Report on the lunatic asylums under the Government of Bombay - 1904-1913
Year: 1904
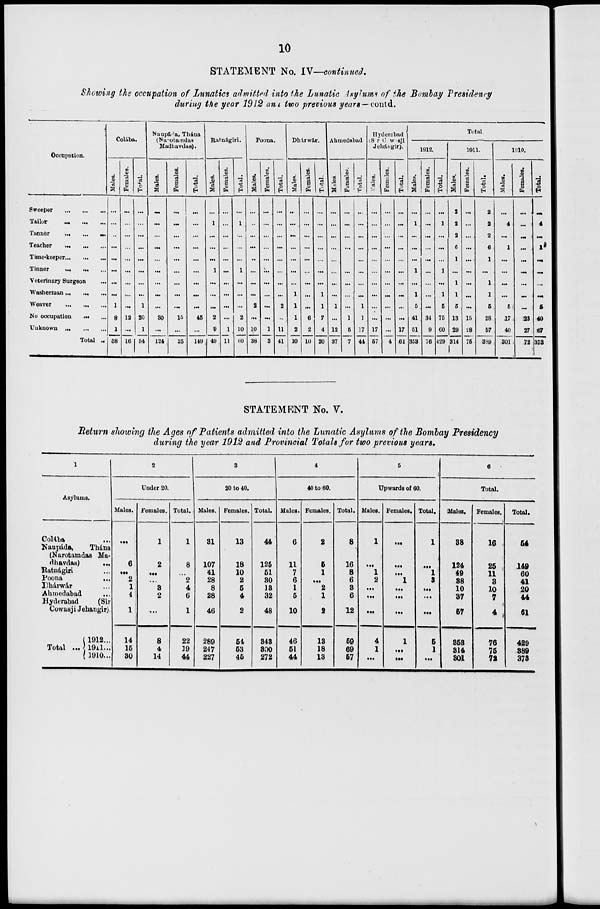
10
STATEMENT No. IV—continued.
Showing the occupation of Lunatics admitted into the Lunatic Asylums of the Bombay Presidency
during the year 1912 and two previous years — contd.
Occupation.
Sweeper ... ... ...
Tailor
...
...
...
Tanner ... ... ...
Teacher
...
...
...
Time-keeper ... ... ...
Tinner ... ... ...
Veterinary Surgeon ...
Washerman ... ... ...
Weaver ... ... ...
No occupation ... ...
Unknown
...
...
...
Total ...
Colába.
Males.
...
...
...
...
...
...
...
...
1
8
1
38
Females.
...
...
...
...
...
...
...
...
...
12
...
16
Total.
...
...
...
...
...
...
...
...
1
20
1
54
Naupáda, Thána
(Narotamdas
Madhavdas).
Males.
...
...
...
...
...
...
...
...
...
30
...
124
Females.
...
...
...
...
...
...
...
...
...
15
...
25
Total.
...
...
...
...
...
...
...
...
...
45
...
149
Ratnágiri.
Males.
...
1
...
...
...
1
...
...
...
2
9
49
Females.
...
...
...
...
...
...
...
...
...
...
1
11
Total.
...
1
...
...
...
1
...
...
...
2
10
60
Poona.
Males.
...
...
...
...
...
...
...
...
2
...
10
38
Females.
...
...
...
...
...
...
...
...
...
...
1
3
Total.
...
...
...
...
...
...
...
...
2
...
11
41
Dhárwár.
Males.
...
...
...
...
...
...
...
1
1
1
2
10
Females.
...
...
...
...
...
...
...
...
...
6
2
10
Total.
...
...
...
...
...
...
...
1
1
7
4
20
Ahmedabad
Males.
...
...
...
...
...
...
...
...
1
...
12
37
Females.
...
...
...
...
...
...
...
...
...
1
5
7
Total.
...
...
...
...
...
...
...
...
1
1
17
44
Hyderabad
(Sir Cowasji
Jehángir).
Males.
...
...
...
...
...
...
...
...
...
...
17
57
Females.
...
...
...
...
...
...
...
...
...
...
...
4
Total.
...
...
...
...
...
...
...
...
...
...
17
61
Total.
1912.
Males.
...
1
...
...
...
1
...
1
5
41
51
353
Females.
...
...
...
...
...
...
...
...
...
34
9
76
Total.
...
1
...
...
...
1
...
1
5
75
60
429
1911.
Males.
2
2
2
6
1
...
1
1
5
13
29
314
Females.
...
...
...
...
...
...
...
...
...
15
28
75
Total.
2
2
2
6
1
...
1
1
5
28
57
389
1910.
Males.
...
4
...
1
...
...
...
...
5
17
40
301
Females.
...
...
...
...
...
...
...
...
...
23
27
72
Total.
...
4
...
1
...
...
...
...
5
40
67
373
STATEMENT No. V.
Return showing the Ages of Patients admitted into the Lunatic Asylums of the Bombay Presidency
during the year 1912 and Provincial Totals for two previous years.
1
Asylums.
Colába ...
Naupádá,
Thána
(Narotamdas Ma-
dhavdas) ...
Ratnágiri ...
Poona
...
Dhárwár ...
Ahmedabad ...
Hyderabad
(Sir
Cowasji Jehangir).
Total ...
1912 ...
1911 ...
1910 ...
2
Under 20.
Males.
...
6
...
2
1
4
1
14
15
30
Females.
1
2
...
...
3
2
...
8
4
14
Total.
1
8
...
2
4
6
1
22
19
44
3
20 to 40.
Males.
31
107
41
28
8
28
46
289
247
227
Females.
13
18
10
2
5
4
2
54
53
45
Total.
44
125
51
30
13
32
48
343
300
272
4
40 to 60.
Males.
6
11
7
6
1
5
10
46
51
44
Females.
2
5
1
...
2
1
2
13
18
13
Total.
8
16
8
6
3
6
12
59
69
57
5
Upwards of 60.
Males.
1
...
1
2
...
...
...
4
1
...
Females.
...
...
...
1
...
...
...
1
...
...
Total.
1
...
1
3
...
...
...
5
1
...
6
Total.
Males.
38
124
49
38
10
37
57
353
314
301
Females.
16
25
11
3
10
7
4
76
75
72
Total.
54
149
60
41
20
44
61
429
389
373